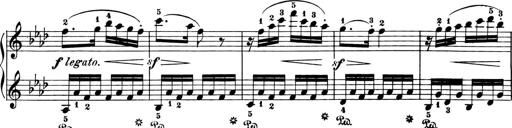
Title: 6 Piano Sonatinas
Composer: Cornelius Gurlitt